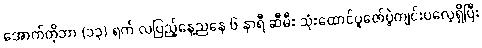
အောက်တိုဘာ (၁၃) ရက် လပြည့်နေ့ညနေ ၆ နာရီ ဆီမီး သုံးထောင်ပူဇော်ပွဲကျင်းပလေ့ရှိပြီး